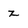
Character: 2